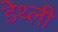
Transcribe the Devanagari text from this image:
डेथ्ली